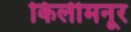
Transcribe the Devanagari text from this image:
किलीमनूर